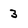
Character: 3